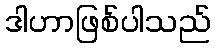
ဒါဟာဖြစ်ပါသည်